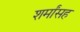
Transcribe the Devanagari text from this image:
शर्मांसह